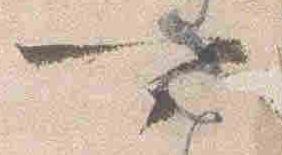
可